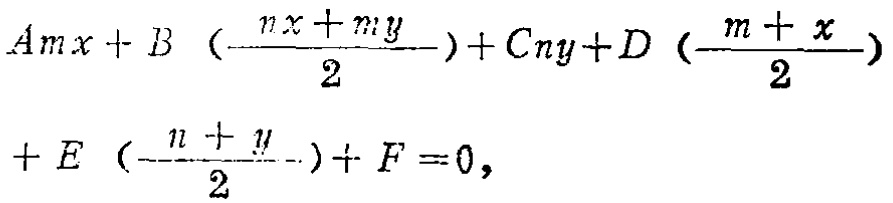
\[
\begin{align*}
Amx + B\left(\frac{nx + my}{2}\right)+Cny + D\left(\frac{m + x}{2}\right)+E\left(\frac{n + y}{2}\right)+F = 0,
\end{align*}
\]